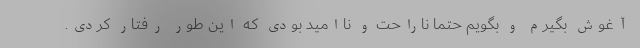
آغوش بگیرم و بگویم حتما ناراحت و ناامید بودی که این طور رفتار کردی.